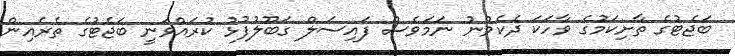
ބަޖެޓުގެ ތާށިކަމުގެ ވާހަކަ ދެކެވުނު ނަމަވެސް ފައިސަލް ގަބޫލުފުޅު ކުރައްވަނީ ބަޖެޓުގެ ތެރެއިން